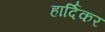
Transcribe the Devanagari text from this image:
हार्दिकर